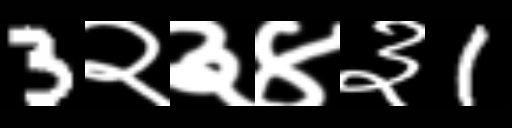
Text: 3२३४३1